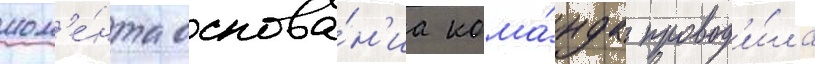
мом'е́нта основа́н'иа кома́нда провод'и́ла